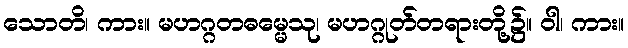
သောတိ၊ ကား။ မဟဂ္ဂတဓမ္မေသု၊ မဟဂ္ဂုတ်တရားတို့၌။ ဝါ၊ ကား။